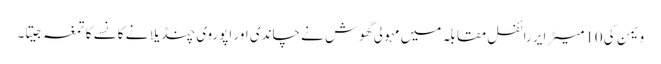
ویمن کی 10میٹر ایر رائفل مقابلہ میں مہولی گھوش نے چاندی اور اپوروی چنڈیلا نے کانسے کا تمغہ جیتا۔